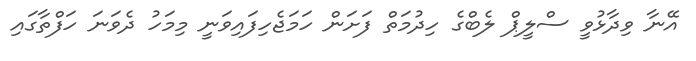
އޭނާ ވިދާޅުވީ ސްލީޕް ލެބްގެ ހިދުމަތް ފަށަން ހަމަޖެހިފައިވަނީ މިމަހު ދެވަނަ ހަފްތާގައި